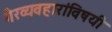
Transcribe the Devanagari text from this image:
गैरव्यवहारांविषयी